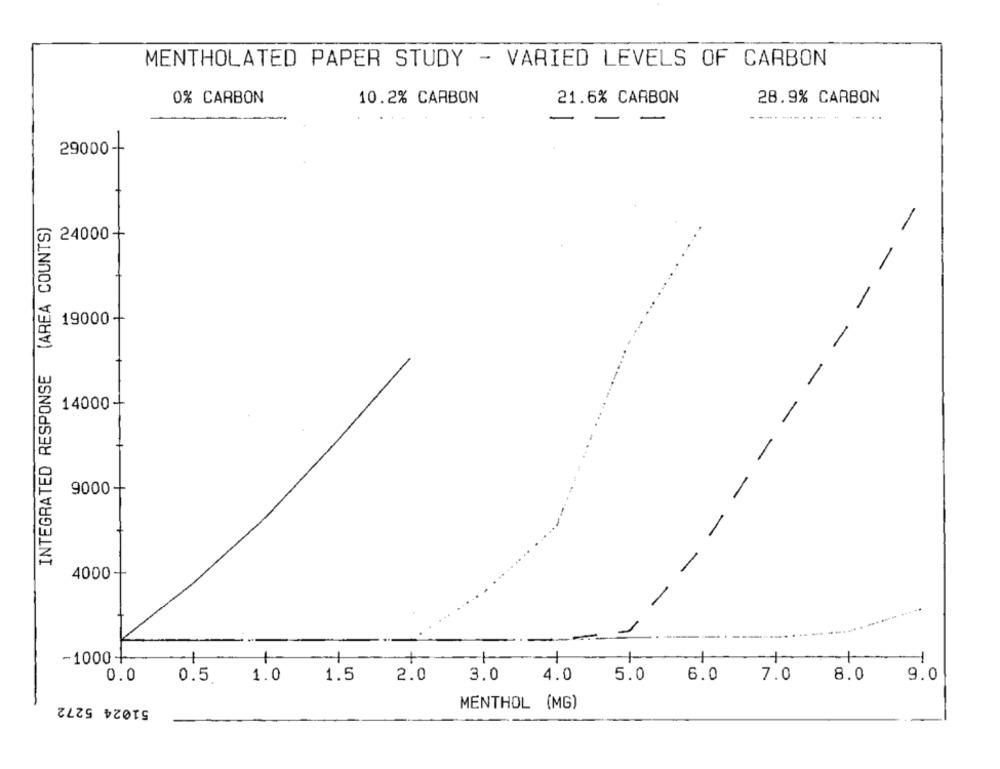
MENTHOLATED PAPER STUDY - VARIED LEVELS OF CARBON
0% CARBON
10.2% CARBON
21.6% CARBON
28.9% CARBON
-
29000-
INTEGRATED RESPONSE (AREA COUNTS)
-
24000+
19000+
14000+
9000+
4000+
-
-1000+
-1
+
-1
0.0
1.0
1.5
2.0
3.0
4.0
5.0
6.0
7.0
8.0
9.0
0.5
51024 5272
MENTHOL (MG)